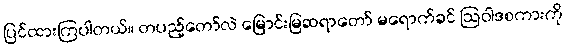
ပြင်ထားကြပါတယ်။ တပည့်တော်လဲ မြောင်းမြဆရာတော် မရောက်ခင် ဩဝါဒစကားကို